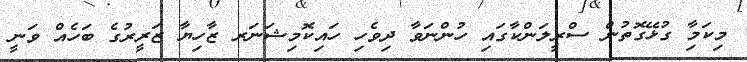
މިކަމާި ގުޅޭގޮތުން ސްރީލަންކާގައި ހުންނަވާ ދިވެހި ހައިކޮމިޝަނަރ ޒާހިޔާ ޒަރީރުގެ ބަހެއް ވަނީ